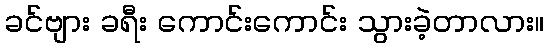
ခင်ဗျား ခရီး ကောင်းကောင်း သွားခဲ့တာလား။